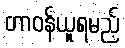
တာဝန်ယူရမည့်